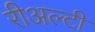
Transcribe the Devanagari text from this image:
रीअल्टी